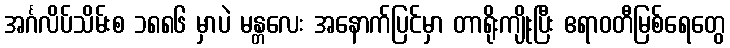
အင်္ဂလိပ်သိမ်းစ ၁၈၈၆ မှာပဲ မန္တလေး အနောက်ပြင်မှာ တာရိုးကျိုးပြီး ဧရာဝတီမြစ်ရေတွေ